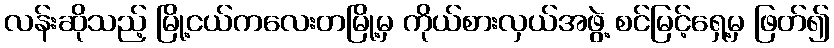
လန်းဆိုသည့် မြို့ငယ်ကလေးတမြို့မှ ကိုယ်စားလှယ်အဖွဲ့ စင်မြင့်ရှေ့မှ ဖြတ်၍